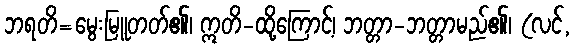
ဘရတိ=မွေးမြူတတ်၏၊ ဣတိ-ထို့ကြောင့်၊ ဘတ္တာ-ဘတ္တာမည်၏၊ (လင်,